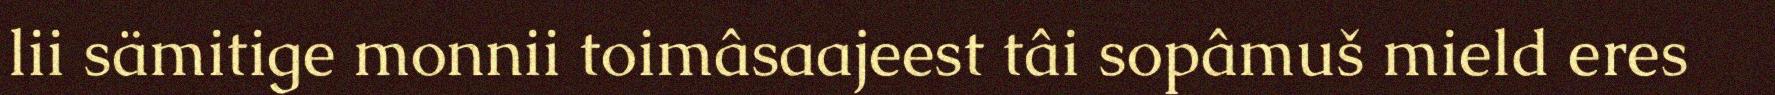
lii sämitige monnii toimâsaajeest tâi sopâmuš mield eres